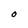
Character: O